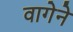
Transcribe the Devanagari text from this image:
वागेने